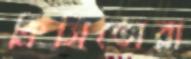
ক্রিসিতোরা